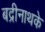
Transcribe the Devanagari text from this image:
बद्रीनाथके